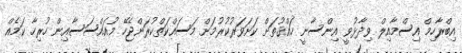
އިބްރާހިމް އިސްމާއިލް ވިދާޅުވީ އިންސާނީ ހައްޤުތަށް ކަށަވަރުކުރުމަށް މަސައްކަތްކުރަންޖެހޭ މުއައްސަސާއިން ހުރިހާ ކަމެއް